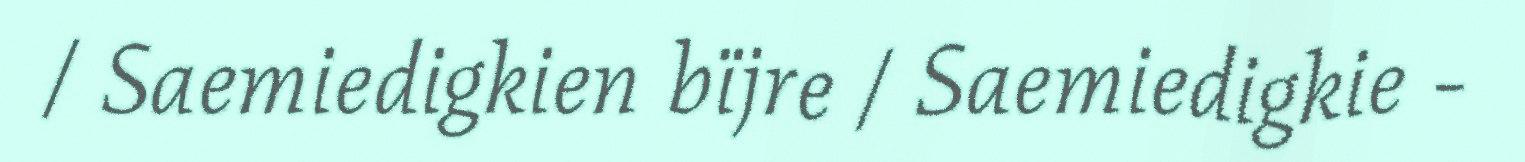
/ Saemiedigkien bïjre / Saemiedigkie -